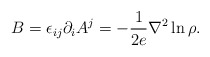
\begin{align*}B = \epsilon_{ij} \partial_{i} A^{j} = -\frac{1}{2e} {\nabla}^2 \ln \rho.\end{align*}